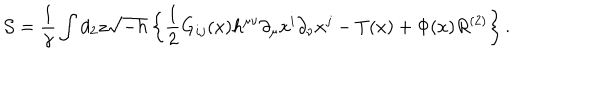
LaTeX: { \cal S } = \frac { 1 } { \gamma } \int d _ { 2 } z \sqrt { - h } \left\{ { \frac { 1 } { 2 } } G _ { i j } ( x ) h ^ { \mu \nu } \partial _ { \mu } x ^ { i } \partial _ { \nu } x ^ { j } - T ( x ) + \Phi ( x ) R ^ { ( 2 ) } \right\} .